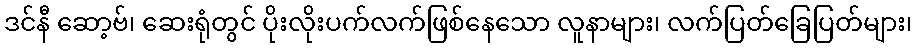
ဒင်နီ ဆော့ဗ်၊ ဆေးရုံတွင် ပိုးလိုးပက်လက်ဖြစ်နေသော လူနာများ၊ လက်ပြတ်ခြေပြတ်များ၊